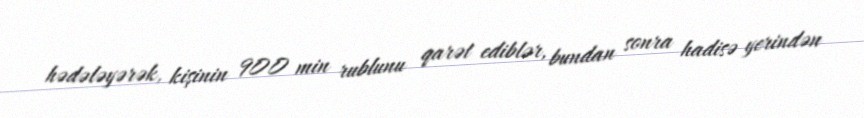
hədələyərək, kişinin 900 min rublunu qarət ediblər, bundan sonra hadisə yerindən